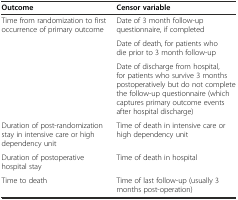
| Outcome | Censor variable |
 | --- | --- |
 | <ROWSPAN=3> Time from randomization to first occurrence of primary outcome | Date of 3 month follow-up questionnaire, if completed |
 | Date of death, for patients who die prior to 3 month follow-up |
 | Date of discharge from hospital, for patients who survive 3 months postoperatively but do not complete the follow-up questionnaire (which captures primary outcome events after hospital discharge) |
 | Duration of post-randomization stay in intensive care or high dependency unit | Time of death in intensive care or high dependency unit |
 | Duration of postoperative hospital stay | Time of death in hospital |
 | Time to death | Time of last follow-up (usually 3 months post-operation) |